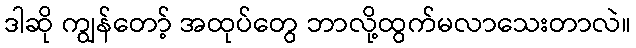
ဒါဆို ကျွန်တော့် အထုပ်တွေ ဘာလို့ထွက်မလာသေးတာလဲ။